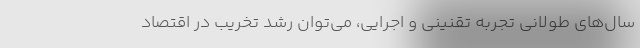
سال‌های طولانی تجربه تقنینی و اجرایی، می‌توان رشد تخریب در اقتصاد